Annual administration and progress report of the Indian Medical Department, Bombay
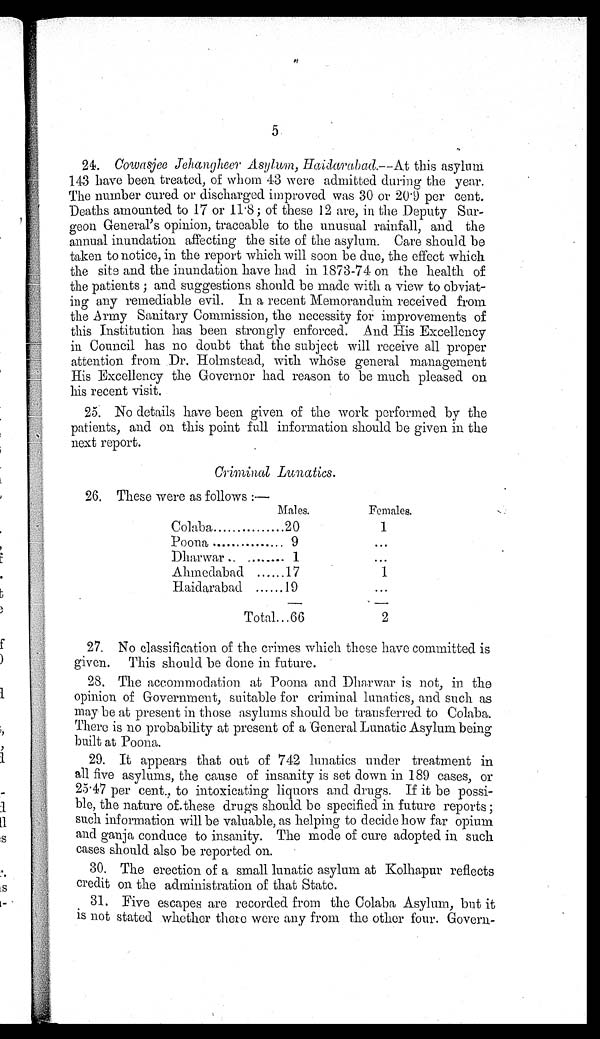
5
2 4 . C o w a s j e e J e h a n g h e e r A s y l u m , H a i d a r a b a d . - - A t t h i s a s y l u m
143 have been treated, of whom 43 were admitted during the year.
The number cured or discharged improved was 30 or 20·9 per cent.
D e a t h s a m o u n t e d t o 1 7 o r 1 1 · 8 ; o f t h e s e 1 2 a r e , i n t h e D e p u t y S u r - g e o n G e n e r a l ' s o p i n i o n , t r a c e a b l e t o t h e u n u s u a l r a i n f a l l , a n d t h e a n n u a l i n u n d a t i o n a f f e c t i n g t h e s i t e o f t h e a s y l u m . C a r e s h o u l d b e
taken to notice, in the report which will soon be due, the effect which
the site and the inundation have had in 1873-74 on the health of
the patients; and suggestions should be made with a view to obviat
- i n g a n y r e m e d i a b l e e v i l . I n a r e c e n t M e m o r a n d u m r e c e i v e d f r o m
the Army Sanitary Commission, the necessity for improvements of
this Institution has been strongly enforced. And His Excellency
in Council has no doubt that the subject will receive all proper
attention from Dr. Holmstead, with whose general management
His Excellency the Governor had reason to be much pleased on
his recent visit.
2 5 . N o d e t a i l s h a v e b e e n g i v e n o f t h e w o r k p e r f o r m e d b y t h e
patients, and on this point full information should be given in the
next report.
Criminal Lunatics.
26. These were as follows:—
Males.
Females.
Colaba
2 0
1
Poona
9
...
Dharwar
1
...
Ahmedabad
1 7
1
Haidarabad
1 9
...
Total
6 6
2
1. No classification of the crimes which these have committed is
given. This should be done in future.
2.
The accommodation at Poona and Dharwar is not, in the
opinion of Government, suitable for criminal lunatics, and such as
may be at present in those asylums should be transferred to Colaba.
There is no probability at present of a General Lunatic Asylum being
built at Poona
.
3.
It appears that out of 742 lunatics under treatment in
all five asylums, the cause of insanity is set down in 189 cases, or
25·47 per cent., to intoxicating liquors and drugs. If it be possi
-ble, the nature of these drugs should be specified in future reports;
such information will be valuable, as helping to decide how far opium
and ganja conduce to insanity. The mode of cure adopted in such
cases should also be reported on
.
4.
The erection of a small lunatic asylum at Kolhapur reflects
credit on the administration of that State.
5.
Five escapes are recorded from the Colaba Asylum, but it
is not stated whether there were any from the other four. Govern
-